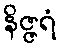
နိဇ္ဇရံ